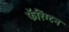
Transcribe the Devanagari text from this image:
फॅरिंग्टन